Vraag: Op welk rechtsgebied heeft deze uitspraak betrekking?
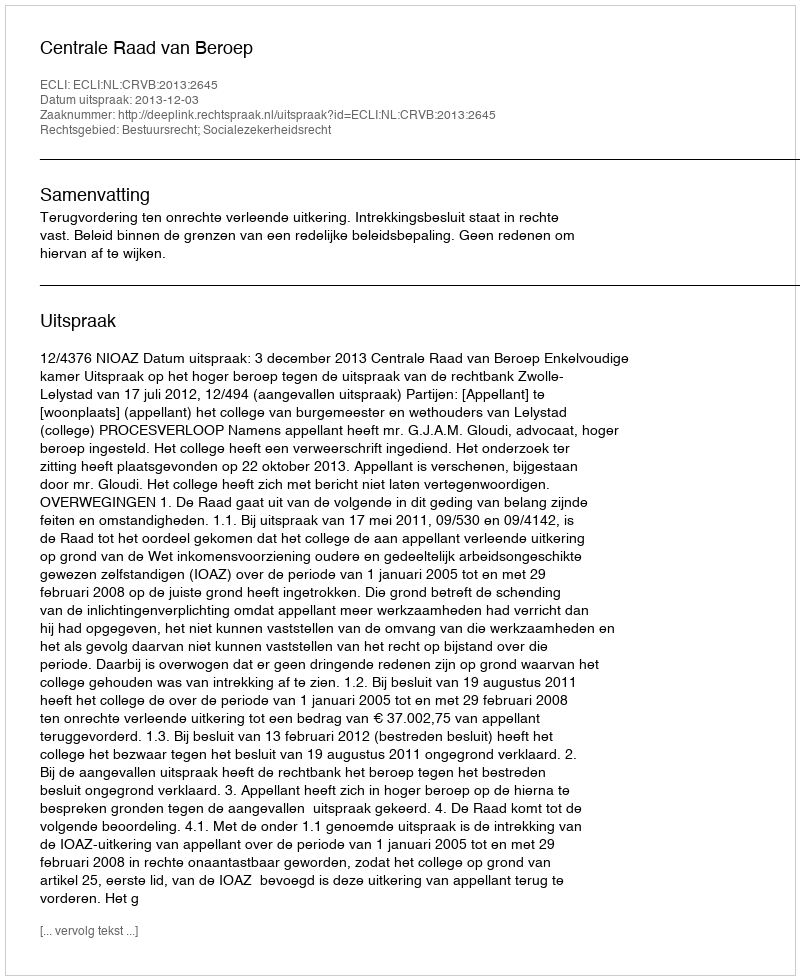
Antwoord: Bestuursrecht; Socialezekerheidsrecht